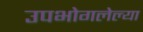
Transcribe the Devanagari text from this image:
उपभोगलेल्या